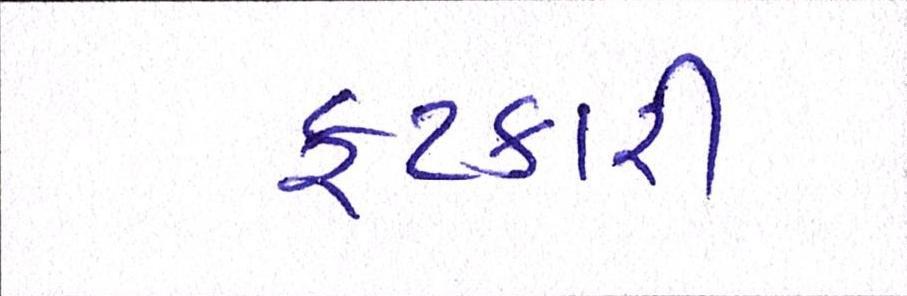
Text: ફટકારી